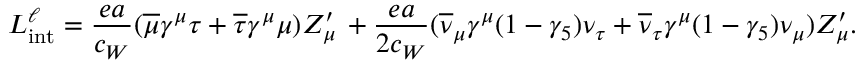
{ \cal L } _ { \mathrm { i n t } } ^ { \ell } = { \frac { e a } { c _ { W } } } ( \overline { { { \mu } } } \gamma ^ { \mu } \tau + \overline { { { \tau } } } \gamma ^ { \mu } \mu ) Z _ { \mu } ^ { \prime } \nonumber \, + { \frac { e a } { 2 c _ { W } } } ( \overline { { { \nu } } } _ { \mu } \gamma ^ { \mu } ( 1 - \gamma _ { 5 } ) \nu _ { \tau } + \overline { { { \nu } } } _ { \tau } \gamma ^ { \mu } ( 1 - \gamma _ { 5 } ) \nu _ { \mu } ) Z _ { \mu } ^ { \prime } .